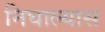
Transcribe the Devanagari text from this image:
निघाल्यास